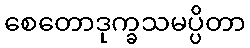
စေတောဒုက္ခသမပ္ပိတာ